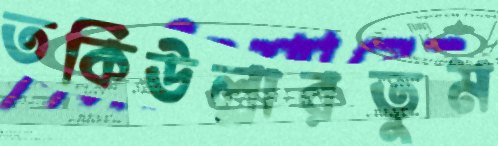
তকিউল্লারতুম